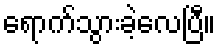
ရောက်သွားခဲ့လေပြီ။